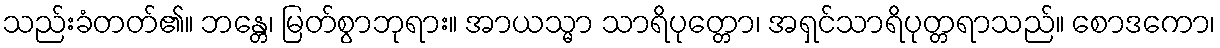
သည်းခံတတ်၏။ ဘန္တေ၊ မြတ်စွာဘုရား။ အာယသ္မာ သာရိပုတ္တော၊ အရှင်သာရိပုတ္တရာသည်။ စောဒကော၊